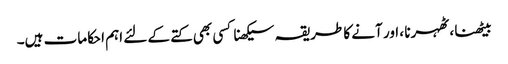
بیٹھنا ، ٹھہرنا ، اور آنے کا طریقہ سیکھنا کسی بھی کتے کے لئے اہم احکامات ہیں۔